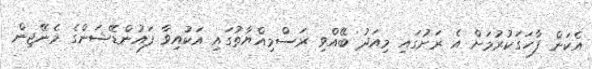
އެކަން ފާހަގަކުރުމަށް އެ ރަށުގައި މިއަދު ބޭއްވި ރަސްމިއްޔާތުގައި އަކުއިވާ ފައުންޑޭޝަންގެ މެނޭޖިން